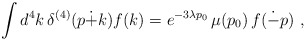
\begin{align*}\int d^4k \, \delta^{(4)}(p\dot{+}k)f(k)=e^{-3\lambda p_0}\, \mu(p_0) \, f(\dot{-}p) ~,\end{align*}